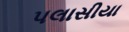
પલાસીયા